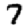
Digit: 7